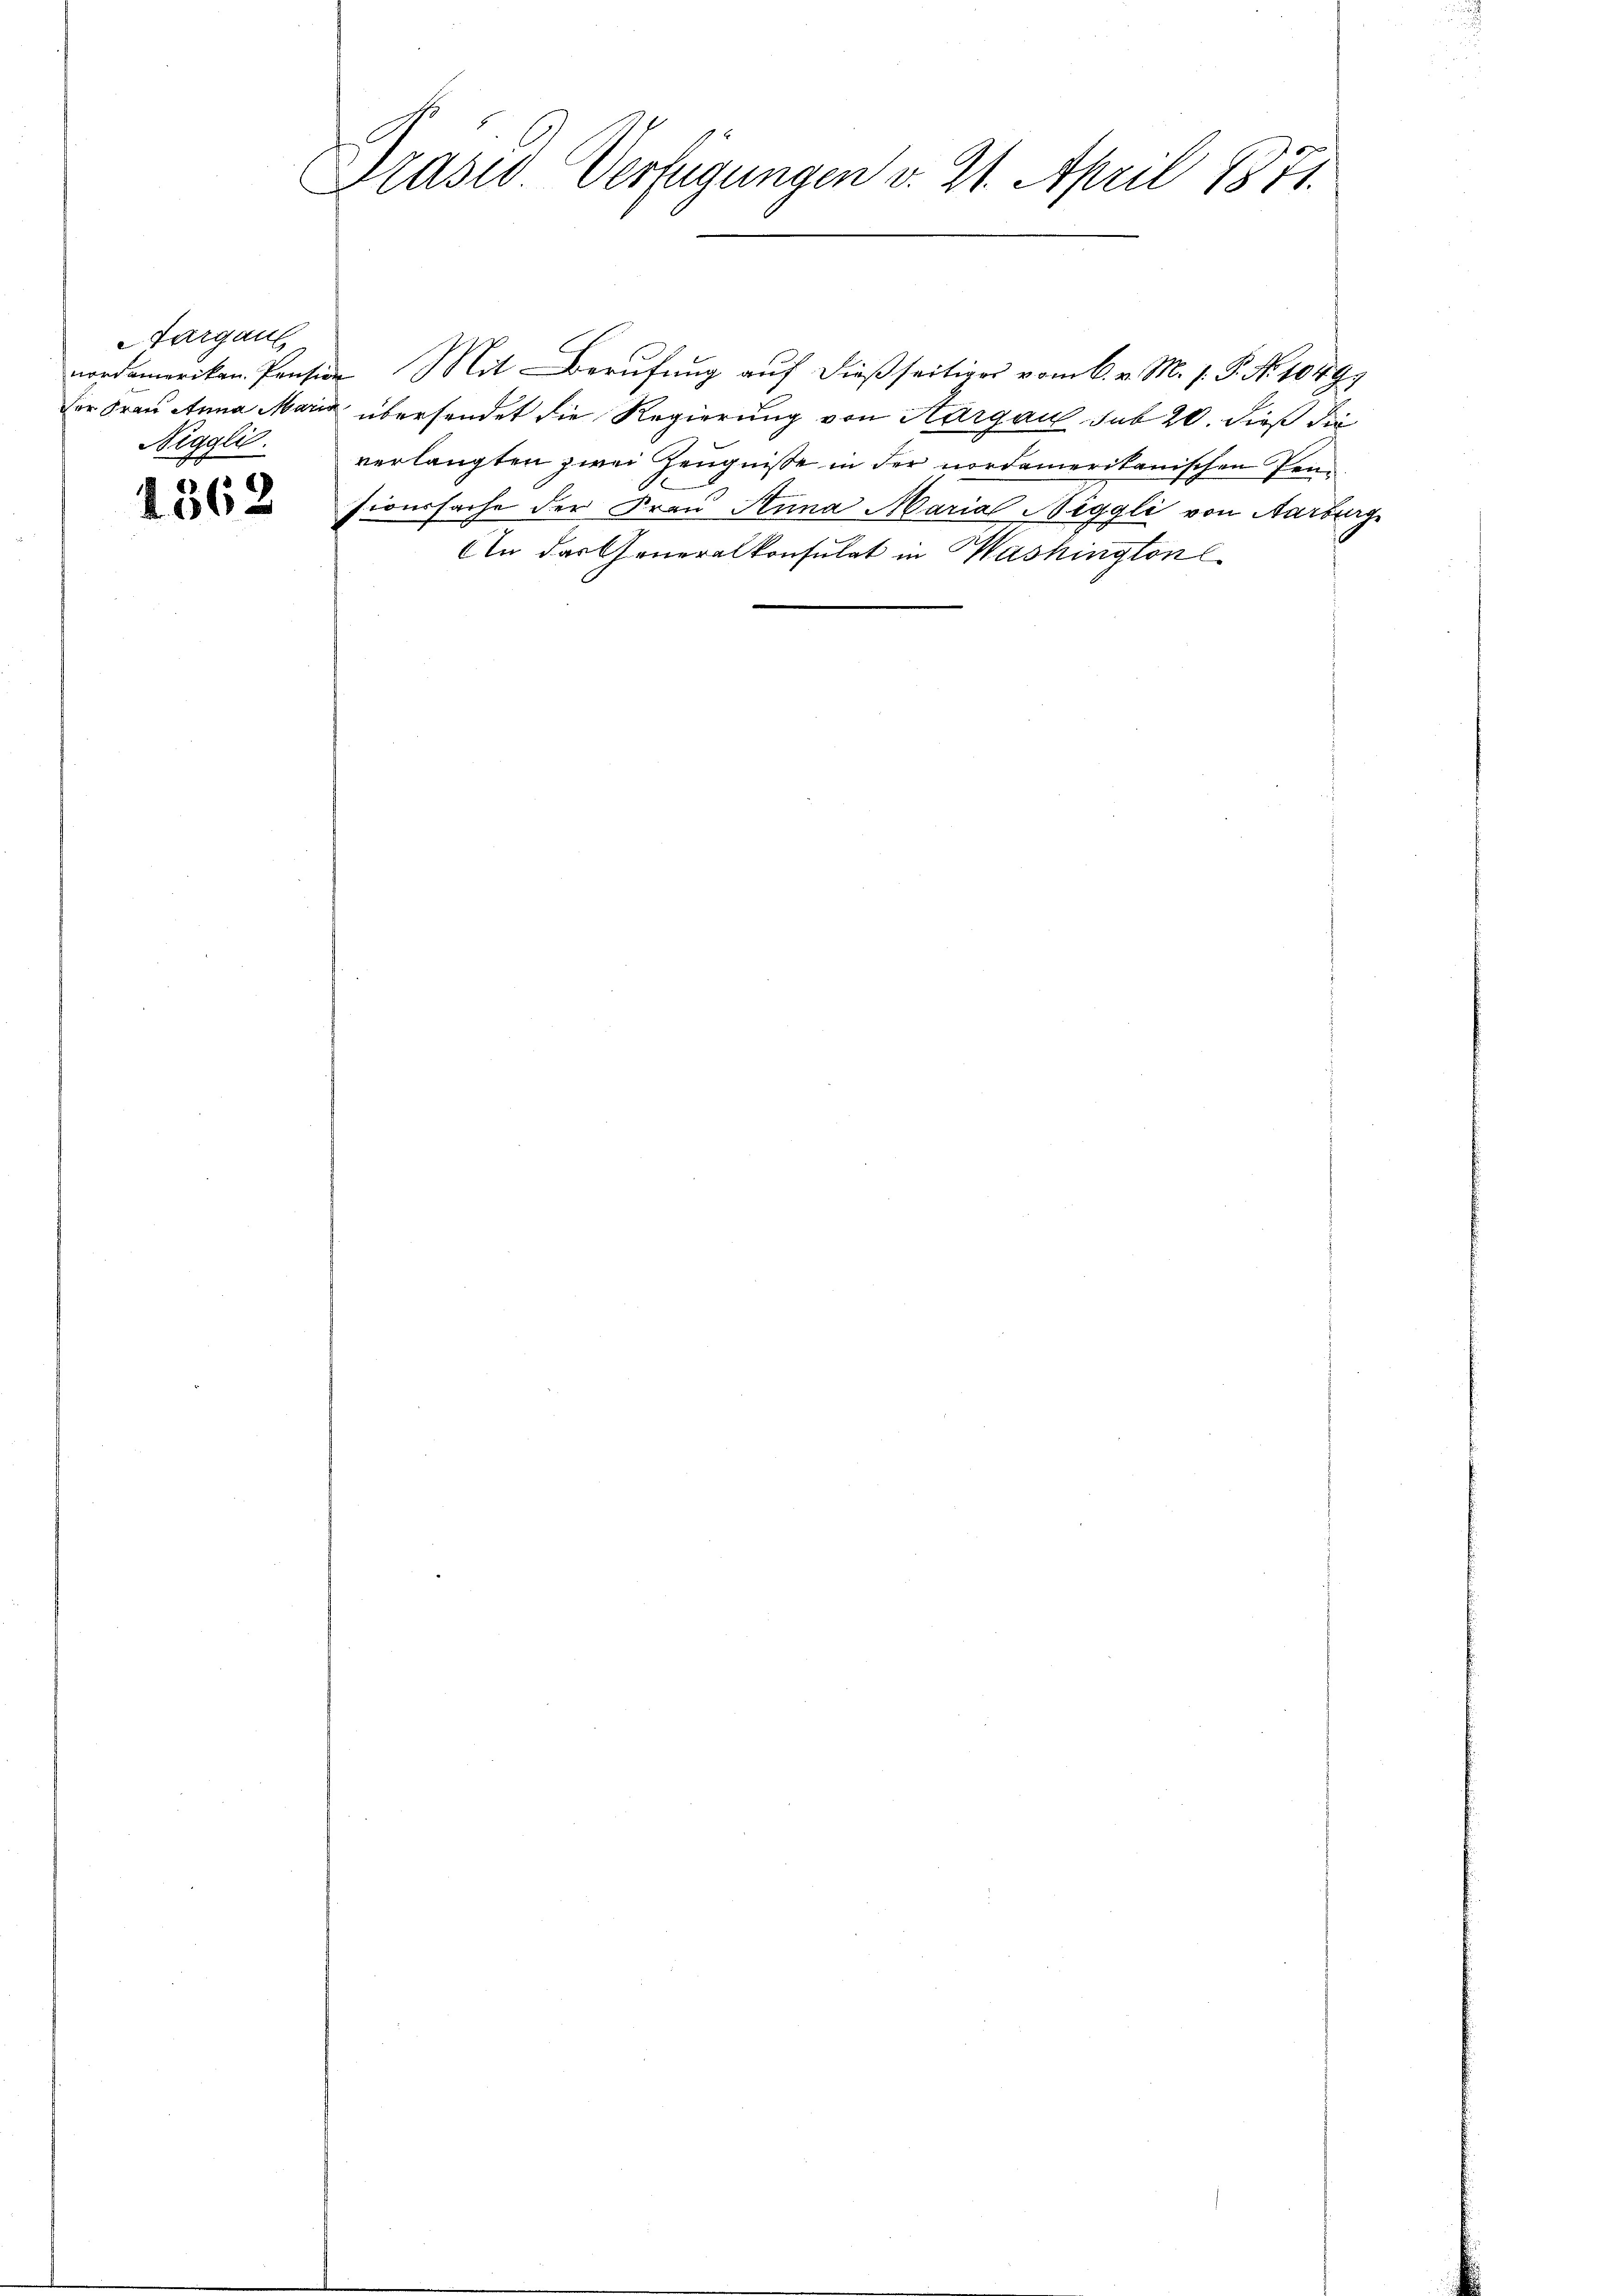
Aargau,
nordamerikan. Pension
Nigglić.

1362

Prasiv. Verfügungen v. 2. April 1871.

Mit Berufung auf dießseitiges vom 6. v. M. v. P. Nr. 1049
der Frau Anna Maria übersendet die Regierung von Aargau sub 20. dieß die
verlangten zwei Zeugnisse in der nordamerikanischen Pensionssache der Frau Anna Maria Niggli von Aarburg
An das Generalkonsulat in Washington l